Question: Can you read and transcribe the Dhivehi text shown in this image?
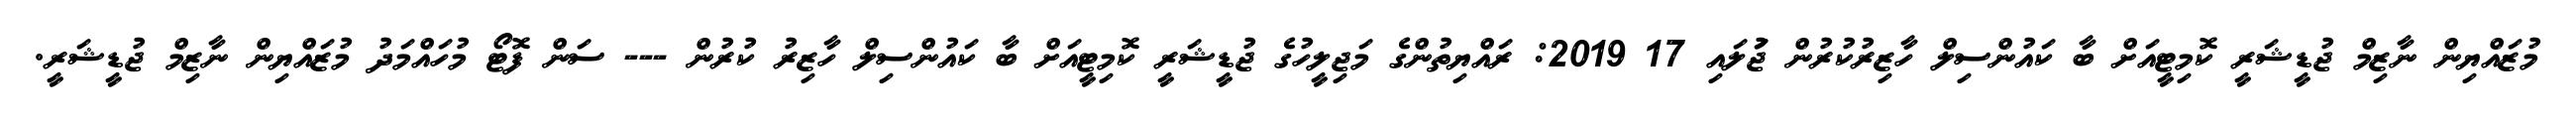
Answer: މުޒައްޔިން ނާޒިމް ޖުޑީޝަރީ ކޮމިޓީއަށް ބާ ކައުންސިލް ހާޒިރުކުރުން ޖުަލައި 17 2019: ރައްޔިތުންގެ މަޖިލީހުގެ ޖުޑީޝަރީ ކޮމިޓީއަށް ބާ ކައުންސިލް ހާޒިރު ކުރުން --- ސަން ފޮޓޯ މުހައްމަދު މުޒައްޔިން ނާޒިމް ޖުޑީޝަރީ.